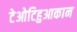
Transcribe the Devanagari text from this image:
टेओटिहुआकान